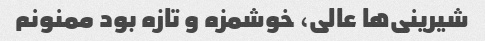
شیرینی‌ها عالی، خوشمزه و تازه بود ممنونم